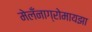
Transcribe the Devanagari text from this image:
मेलँनाग्रोमायझा